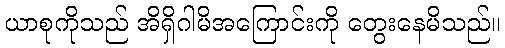
ယာစုကိုသည် အိရှိဂါမိအကြောင်းကို တွေးနေမိသည်။